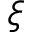
\xi